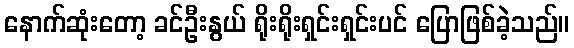
နောက်ဆုံးတော့ ခင်ဦးနွယ် ရိုးရိုးရှင်းရှင်းပင် ပြောဖြစ်ခဲ့သည်။